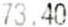
73.40